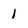
Character: 1